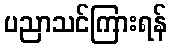
ပညာသင်ကြားရန်